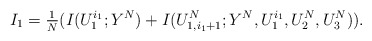
\begin{align*} I_1 = \tfrac1N (I(U_1^{i_1};Y^N) + I(U_{1,i_1+1}^N;Y^N,U_1^{i_1},U_2^N,U_3^N)).\end{align*}